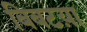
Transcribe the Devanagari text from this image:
बिबटय़ा